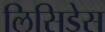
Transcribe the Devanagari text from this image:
लिसिडेस